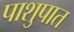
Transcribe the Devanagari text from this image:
पाशुपात